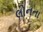
લોનતા